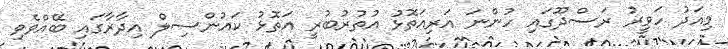
މިއަދު ހަވީރު ރަސްދޫގައި ހުންނަ އަރިއަތޮޅު އުތުރުބުރީ އަތޮޅު ކައުންސިލް އިދާރާގައި ބޭއްވެވި